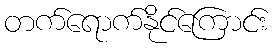
တက်ရောက်နိုင်ကြောင်း